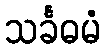
သင်္ခဓမံ